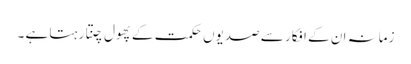
زمانہ ان کے افکار سے صدیوں حکمت کے پھول چنتا رہتا ہے ۔